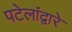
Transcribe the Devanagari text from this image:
पटेलांद्वारे